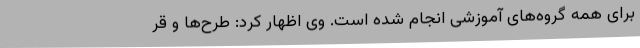
برای همه گروه‌های آموزشی انجام شده است. وی اظهار کرد: طرح‌ها و قر